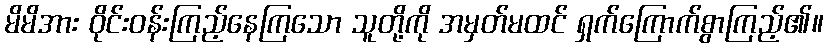
မိမိအား ဝိုင်းဝန်းကြည့်နေကြသော သူတို့ကို အမှတ်မထင် ရှက်ကြောက်စွာကြည့်၏။